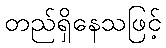
တည်ရှိနေသဖြင့်